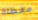
مغطاة